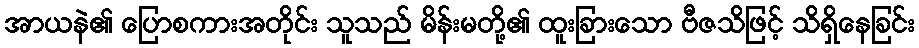
အာယနဲ၏ ပြောစကားအတိုင်း သူသည် မိန်းမတို့၏ ထူးခြားသော ဗီဇသိဖြင့် သိရှိနေခြင်း